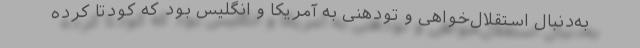
به‌دنبال استقلال‌خواهی و تودهنی به آمریکا و انگلیس بود که کودتا کرده